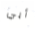
أبي